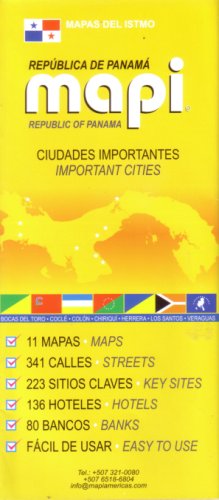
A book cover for Panama's Important Cities by Mapi Panama (English and Spanish Edition); Mapi Panama; Travel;